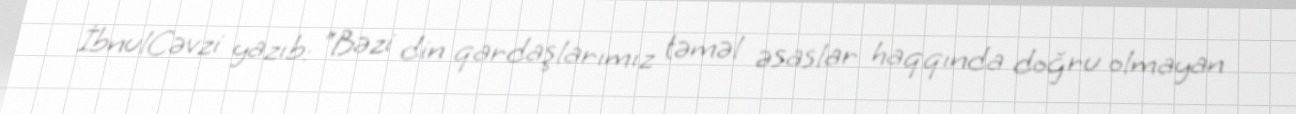
İbnulCəvzi yazıb: “Bəzi din qardaşlarımız təməl əsaslar haqqında doğru olmayan